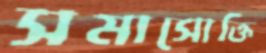
সমাসোক্তি